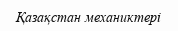
Қазақстан механиктері